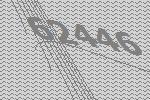
62446